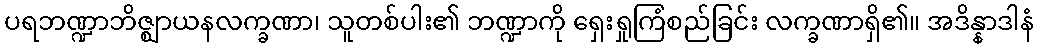
ပရဘဏ္ဍာဘိဇ္ဈာယနလက္ခဏာ၊ သူတစ်ပါး၏ ဘဏ္ဍာကို ရှေးရှုကြံစည်ခြင်း လက္ခဏာရှိ၏။ အဒိန္နာဒါနံ